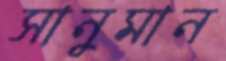
সানুমান